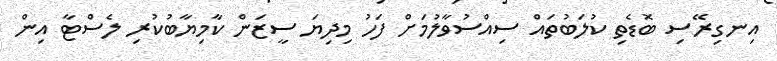
އިނގިރޭސި ބޮޑެތި ކުލަބުތައް ސިއްސުވާލުމަށް ފަހު މިދިޔަ ސީޒަން ކާމިޔާބުކުރި ލެސްޓާ އިން